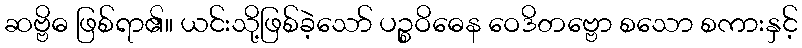
ဆဗ္ဗိဓ ဖြစ်ရာ၏။ ယင်းသို့ဖြစ်ခဲ့သော် ပဉ္စဝိဓေန ဝေဒိတဗ္ဗော စသော စကားနှင့်